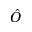
\hat { O }